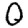
Digit: 0